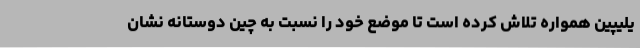
یلیپین همواره تلاش کرده است تا موضع خود را نسبت به چین دوستانه نشان